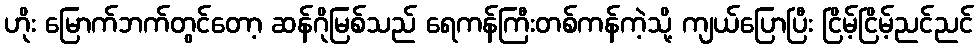
ဟိုး မြောက်ဘက်တွင်တော့ ဆန်ဂိုမြစ်သည် ရေကန်ကြီးတစ်ကန်ကဲ့သို့ ကျယ်ပြောပြီး ငြိမ့်ငြိမ့်ညင်ညင်